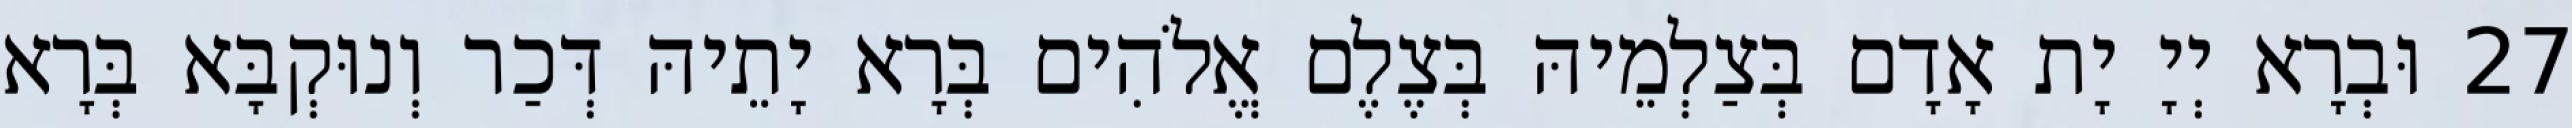
27 וּבְרָא יְיָ יָת אָדָם בְּצַלְמֵיהּ בְּצֶלֶם אֱלֹהִים בְּרָא יָתֵיהּ דְּכַר וְנוּקְבָּא בְּרָא